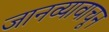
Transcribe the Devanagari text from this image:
जानव्यावाचून